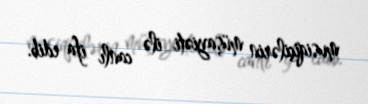
musiqiçilərin müşayiəti ilə canlı ifa edib.